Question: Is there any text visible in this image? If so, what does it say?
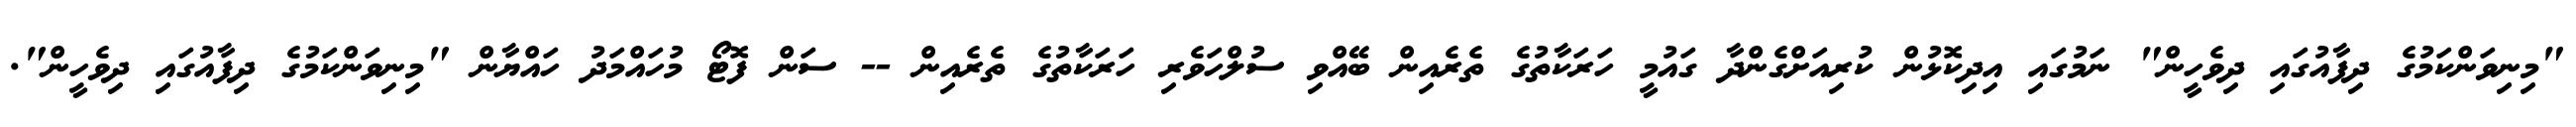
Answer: "މިނިވަންކަމުގެ ދިފާއުގައި ދިވެހީން" ނަމުގައި އިދިކޮޅުން ކުރިއަށްގެންދާ ގައުމީ ހަރަކާތުގެ ތެރެއިން ބޭއްވި ސުލްހަވެރި ހަރަކާތުގެ ތެރެއިން -- ސަން ފޮޓޯ މުހައްމަދު ހައްޔާން "މިނިވަންކަމުގެ ދިފާއުގައި ދިވެހީން".